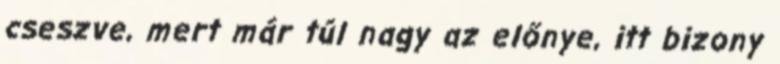
cseszve, mert már túl nagy az előnye, itt bizony